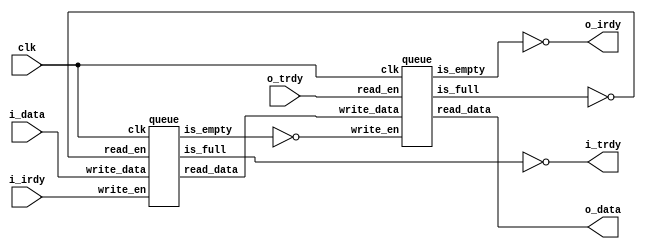
module top (
    input clk,
    input [31:0] i_data,
    input i_irdy, o_trdy,
    output [31:0] o_data,
    output o_irdy, i_trdy
);

    wire [31:0] data;
    wire irdy, trdy;
    wire q1_is_empty, q1_is_full;
    wire q2_is_empty, q2_is_full;

    queue q1(.clk(clk),
             .write_data(i_data),
             .write_en(i_irdy), .read_en(trdy),
             .read_data(data),
             .is_empty(q1_is_empty), .is_full(q1_is_full));

    // Handshake signals
    assign irdy = ~q1_is_empty;
    assign trdy = ~q2_is_full;

    assign i_trdy = ~q1_is_full;
    assign o_irdy = ~q2_is_empty;

    queue q2(.clk(clk),
             .write_data(data),
             .write_en(irdy), .read_en(o_trdy),
             .read_data(o_data),
             .is_empty(q2_is_empty), .is_full(q2_is_full));


endmodule

module queue (
    input clk, 
    input [31:0] write_data,
    input write_en, read_en,
    output [31:0] read_data,
    output is_empty, is_full
);

    
    reg [31:0] contents = 0;
    reg [1:0] in_use = 0;

    always @(posedge clk) begin
        if (write_en) begin
            contents <= write_data;
            in_use <= 1;
        end

        if (read_en) begin
            in_use <= 0;
        end
    end

    assign read_data = (read_en) ? contents : 0;
    assign is_empty = in_use[0];
    assign is_full = ~is_empty;

endmodule